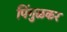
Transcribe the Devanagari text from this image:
पिंगुळकर